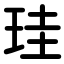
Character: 珪